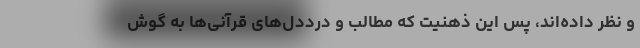
و نظر داده‌اند، پس این ذهنیت که مطالب و درددل‌های قرآنی‌ها به گوش